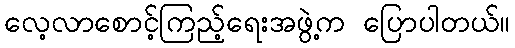
လေ့လာစောင့်ကြည့်ရေးအဖွဲ့က ပြောပါတယ်။